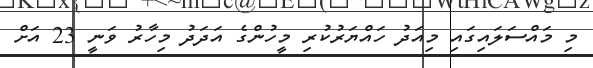
މި މައްސަލައިގައި މިއަދު ހައްޔަރުކުރި މީހުންގެ އަދަދު މިހާރު ވަނީ 23 އަށް